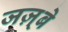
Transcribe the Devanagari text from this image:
जज़्बे